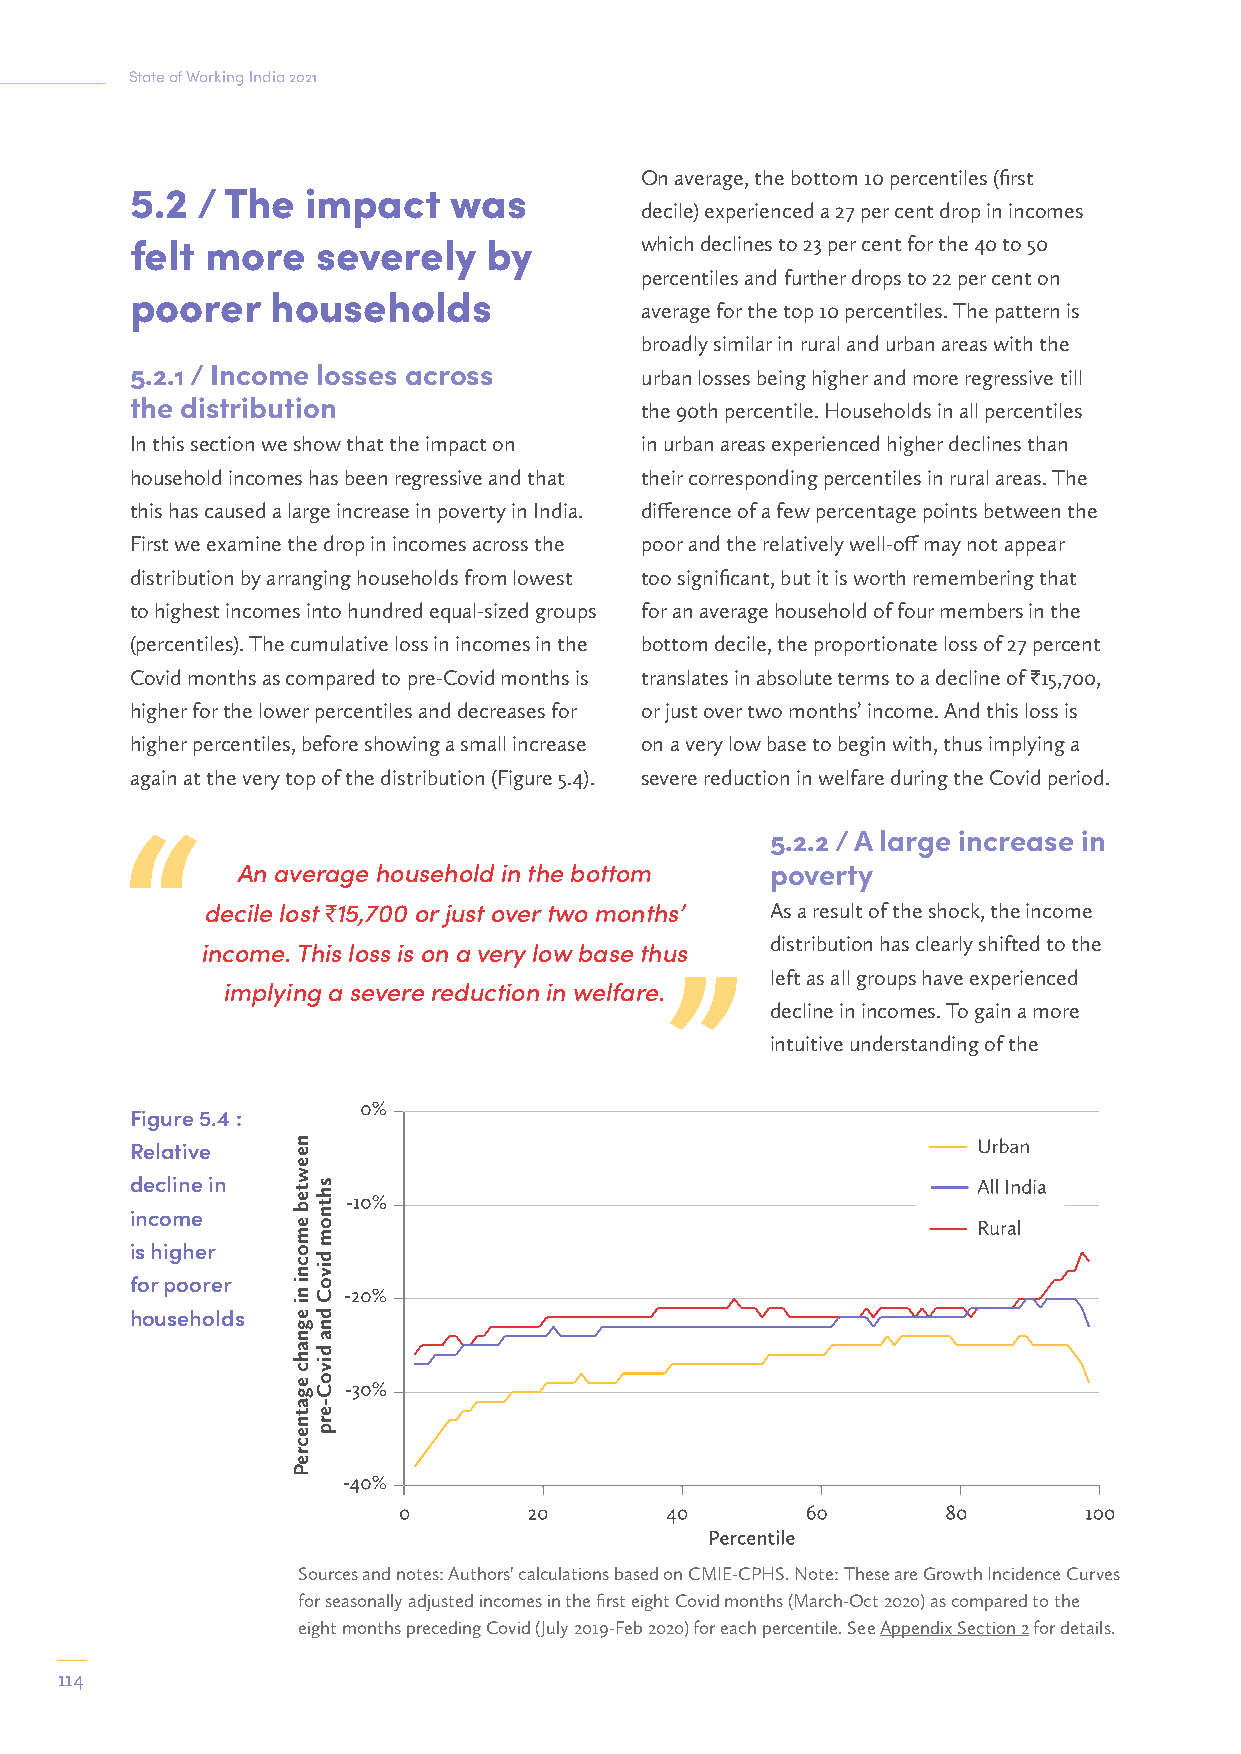
State of Working India 2021
 On average, the bottom 10 percentiles (first
 5.2 / The  impact    was
 decile) experienced a 27 per cent drop in incomes
 felt more   severely   by        which declines to 23 per cent for the 40 to 50
 percentiles and further drops to 22 per cent on
 poorer   households
 average for the top 10 percentiles. The pattern is
 broadly similar in rural and urban areas with the
 5.2.1 / Income losses across     urban losses being higher and more regressive till
 the distribution                 the 90th percentile. Households in all percentiles
 In this section we show that the impact on in urban areas experienced higher declines than
 household incomes has been regressive and that their corresponding percentiles in rural areas. The
 this has caused a large increase in poverty in India. difference of a few percentage points between the
 First we examine the drop in incomes across the poor and the relatively well-off may not appear
 distribution by arranging households from lowest too significant, but it is worth remembering that
 to highest incomes into hundred equal-sized groups for an average household of four members in the
 (percentiles). The cumulative loss in incomes in the bottom decile, the proportionate loss of 27 percent
 Covid months as compared to pre-Covid months is translates in absolute terms to a decline of I15,700,
 higher for the lower percentiles and decreases for or just over two months’ income. And this loss is
 higher percentiles, before showing a small increase on a very low base to begin with, thus implying a
 again at the very top of the distribution (Figure 5.4). severe reduction in welfare during the Covid period.
 5.2.2 / A large increase in
 An average household in the bottom poverty
 decile lost I 15,700 or just over two months’ As a result of the shock, the income
 distribution has clearly shifted to the
 income. This loss is on a very low base thus
 left as all groups have experienced
 implying a severe reduction in welfare.
 decline in incomes. To gain a more
 intuitive understanding of the
 Figure 5.4 :
 Relative
 decline in
 income
 is higher
 for poorer
 households
 Sources and notes: Authors' calculations based on CMIE-CPHS. Note: These are Growth Incidence Curves
 for seasonally adjusted incomes in the first eight Covid months (March-Oct 2020) as compared to the
 eight months preceding Covid (July 2019-Feb 2020) for each percentile. See Appendix Section 2 for details.
 114
 neewteb
 emocni
 ni
 egnahc
 egatnecreP
 shtnom
 divoC
 dna
 divoC-erp